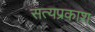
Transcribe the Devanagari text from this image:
सत्‍यप्रकाश